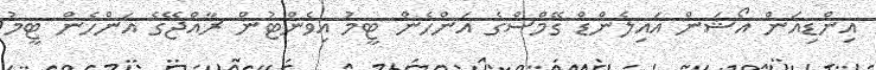
އިންޑިއަން އޯޝަން އައިލެންޑް ގޭމްސްގެ އަންހެން ޓީމު އިވެންޓުން ރާއްޖޭގެ އަންހެން ޓީމު